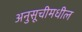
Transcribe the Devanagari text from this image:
अनुसूचीमधील